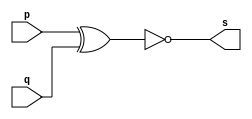
// -------------------------
// Exemplo0008 - XNOR
// Nome: Guilherme Rodrigues Melo de Oliveira
// ------------------------- 
// ------------------------- 
// -- xnor gate
// -------------------------
module xnorgate ( output s,
                            input   p, q);
 assign s = ~(p ^ q);
endmodule // xnorgate

// ---------------------
// -- test xnor gate
// ---------------------
module testxnorgate;
// ------------------------- dados locais
   reg   a, b; // definir registradores
   wire  s;    // definir conexao (fio)
// ------------------------- instancia
   xnorgate XNOR1 (s, a, b);
// ------------------------- preparacao
   initial begin:start
      a=0; b=0;
   end


// ------------------------- parte principal

   initial begin
      $display("Exemplo0008 - Guilherme Rodrigues Melo de Oliveira - 427409");
      $display("Test XNOR gate");
      $display("\n~(a ^ b) = s\n");
      a=0; b=0;
  #1  $display("%b & %b = %b", a, b, s);
      a=0; b=1; 
  #1  $display("%b & %b = %b", a, b, s); 
      a=1; b=0; 
  #1  $display("%b & %b = %b", a, b, s); 
      a=1; b=1; 
  #1  $display("%b & %b = %b", a, b, s); 
 end 

endmodule // testxnorgate